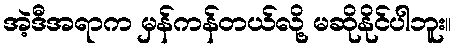
အဲ့ဒီအရာက မှန်ကန်တယ်လို့ မဆိုနိုင်ပါဘူး။